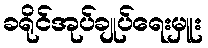
ခရိုင်အုပ်ချုပ်ရေးမှူး